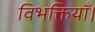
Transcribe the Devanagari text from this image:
विभक्तियाँ।